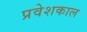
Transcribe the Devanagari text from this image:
प्रवेशकाल